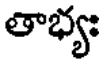
తాభ్యః